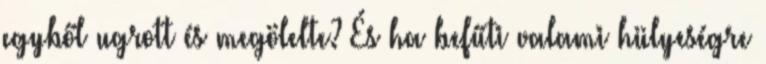
egyből ugrott és megölelte? És ha befűti valami hülyeségre